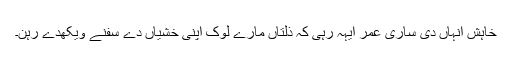
خاہش انہاں دی ساری عمر ایہہ رہی کہ ذلتاں مارے لوک اپنی خشیاں دے سفنے ویکھدے رہن۔